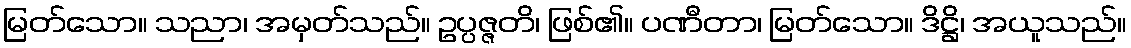
မြတ်သော။ သညာ၊ အမှတ်သည်။ ဥပ္ပဇ္ဇတိ၊ ဖြစ်၏။ ပဏီတာ၊ မြတ်သော။ ဒိဋ္ဌိ၊ အယူသည်။